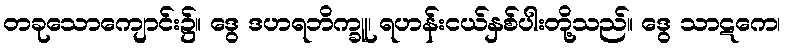
တခုသောကျောင်း၌။ ဒွေ ဒဟရဘိက္ခူ၊ ရဟန်းငယ်နှစ်ပါးတို့သည်။ ဒွေ သာဋကေ၊